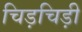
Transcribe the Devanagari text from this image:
चिड़चिड़ी